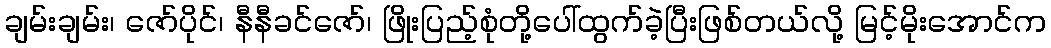
ချမ်းချမ်း၊ ဇော်ပိုင်၊ နီနီခင်ဇော်၊ ဖြိုးပြည့်စုံတို့ပေါ်ထွက်ခဲ့ပြီးဖြစ်တယ်လို့ မြင့်မိုးအောင်က